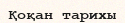
Қоқан тарихы